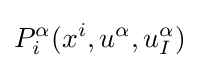
P_{i}^{\alpha }(x^{i},u^{\alpha },u_{I}^{\alpha })